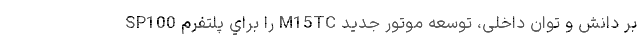
بر دانش و توان داخلی، توسعه موتور جدید M15TC را براي پلتفرم SP100